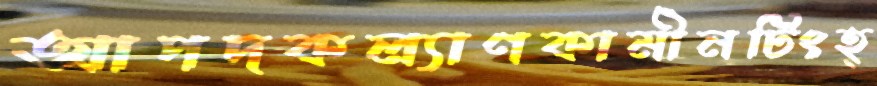
আপদকল্যাণকামীনটিংহ্